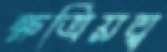
ক্ষত্রিয়ত্ব